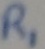
Text: R1